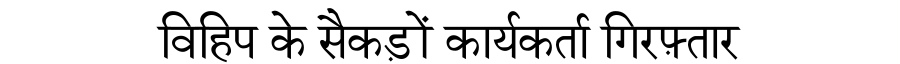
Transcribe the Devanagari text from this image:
विहिप के सैकड़ों कार्यकर्ता गिरफ़्तार